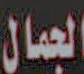
الجمال